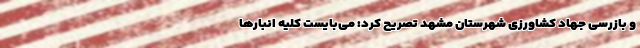
و بازرسی جهاد کشاورزی شهرستان مشهد تصریح کرد: می‌بایست کلیه انبارها